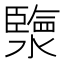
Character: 𤀩